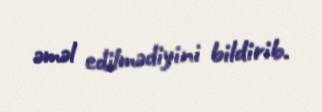
əməl edilmədiyini bildirib.